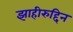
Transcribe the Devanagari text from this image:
झाहीरुद्दिन